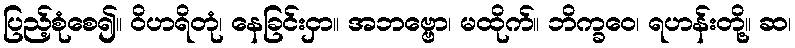
ပြည့်စုံစေ၍။ ဝိဟရိတုံ၊ နေခြင်းငှာ။ အဘဗ္ဗော၊ မထိုက်။ ဘိက္ခဝေ၊ ရဟန်းတို့။ ဆ၊